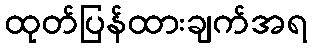
ထုတ်ပြန်ထားချက်အရ